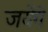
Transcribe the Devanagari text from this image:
जयेंगे